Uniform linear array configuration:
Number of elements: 48
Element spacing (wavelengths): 0.75
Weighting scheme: cosine
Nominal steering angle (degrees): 15
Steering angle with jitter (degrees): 16.847
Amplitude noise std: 0.05
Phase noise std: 0.05

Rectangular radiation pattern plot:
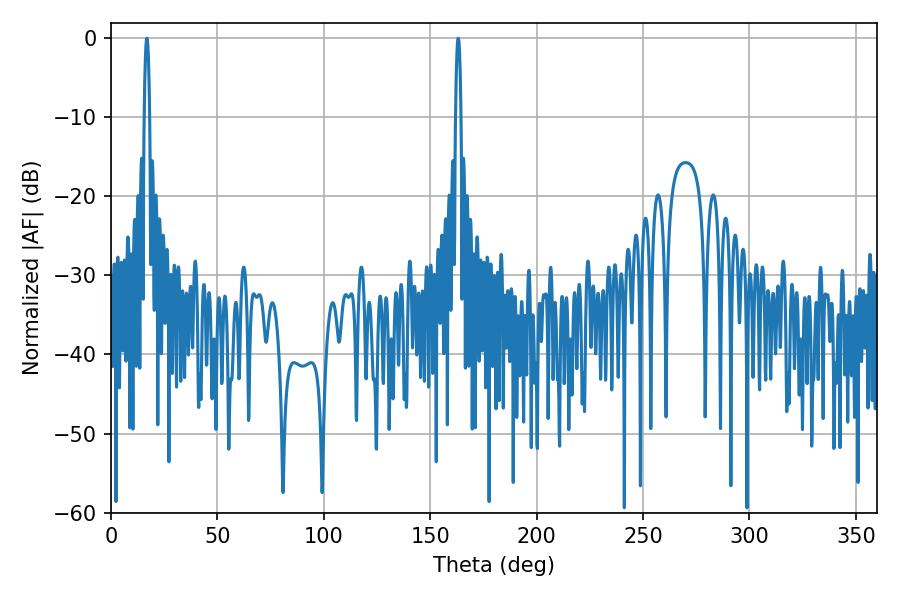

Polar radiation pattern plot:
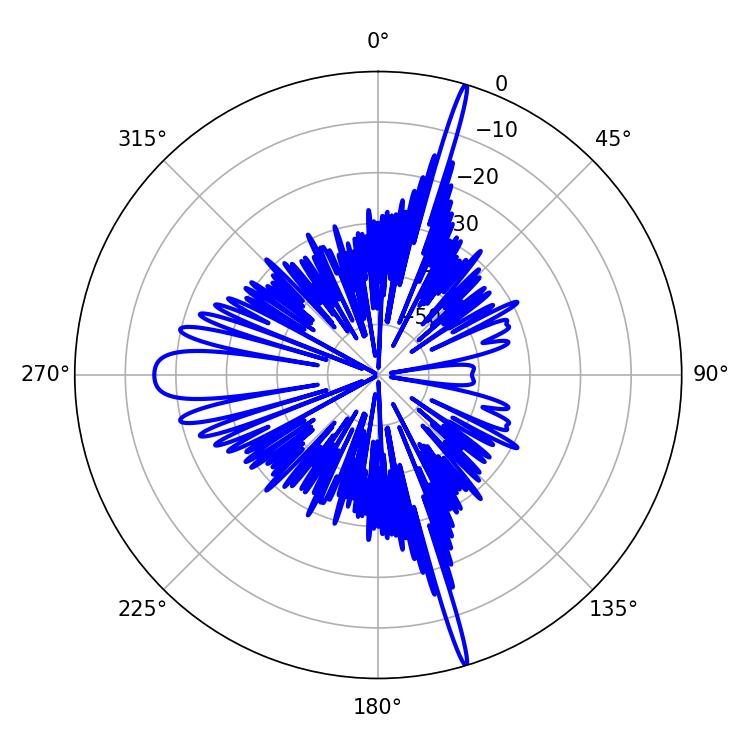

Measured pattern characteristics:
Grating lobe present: TRUE
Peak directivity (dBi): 23.096
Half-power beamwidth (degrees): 1.26
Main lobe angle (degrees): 163.08